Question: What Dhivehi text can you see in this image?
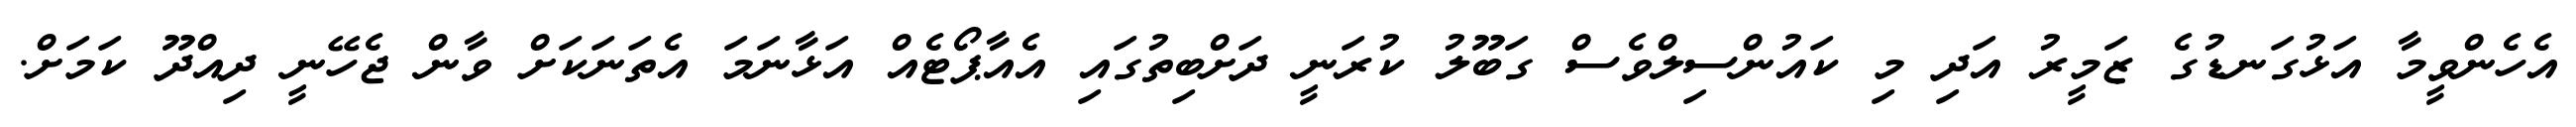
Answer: އެހެންވީމާ އަޅުގަނޑުގެ ޒަމީރު އަދި މި ކައުންސިލްވެސް ގަބޫލު ކުރަނީ ދަށްބިތުގައި އެއާޕޯޓެއް އަޅާނަމަ އެތަނަކަށް ވާން ޖެހޭނީ ދިއްދޫ ކަމަށް.